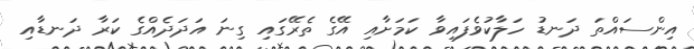
އިންސައްތަ ދަނޑު ހަލާކުވެފައިވާ ކަމަށާއި އޭގެ ތެރޭގައި ގިނަ އަދަދެއްގެ ކަރާ ދަނޑާއި